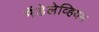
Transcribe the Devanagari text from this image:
मेंडेलेव्हियम